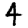
Digit: 4